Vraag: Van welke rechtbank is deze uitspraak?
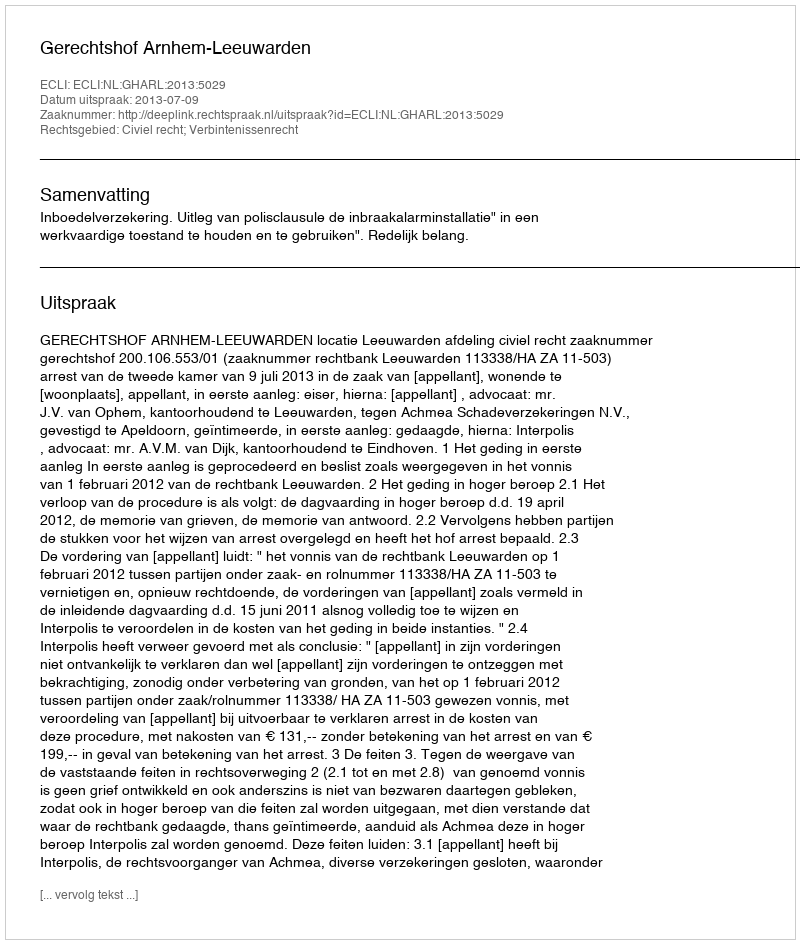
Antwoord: Gerechtshof Arnhem-Leeuwarden